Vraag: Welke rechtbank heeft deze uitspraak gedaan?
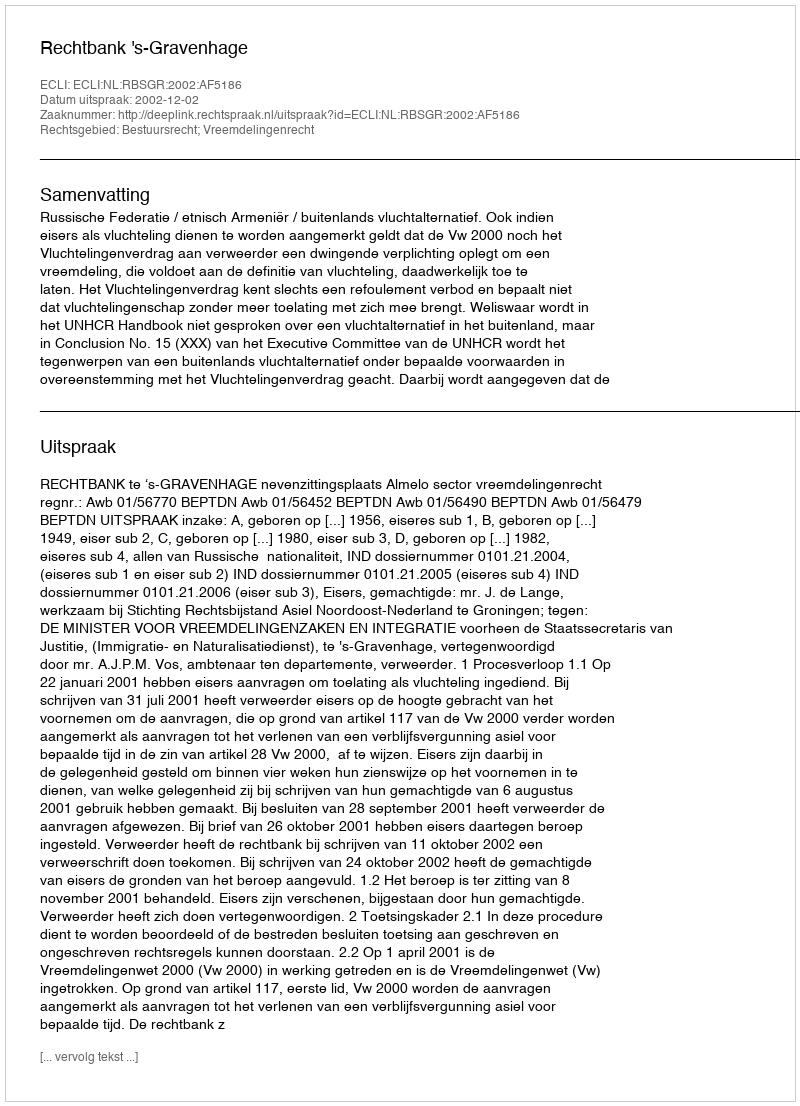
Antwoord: Rechtbank 's-Gravenhage